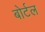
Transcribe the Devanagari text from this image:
बोर्टल